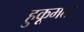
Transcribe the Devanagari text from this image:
हुकूमतः